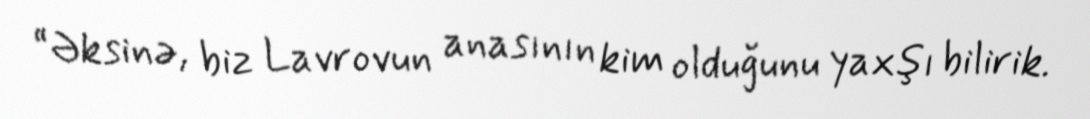
“Əksinə, biz Lavrovun anasının kim olduğunu yaxşı bilirik.